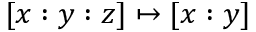
[ x : y : z ] \mapsto [ x : y ]